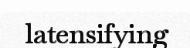
latensifying